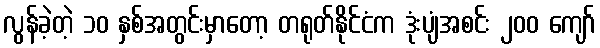
လွန်ခဲ့တဲ့ ၁၀ နှစ်အတွင်းမှာတော့ တရုတ်နိုင်ငံက ဒုံးပျံအစင်း ၂၀၀ ကျော်